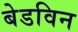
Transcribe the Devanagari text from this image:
बेडविन